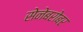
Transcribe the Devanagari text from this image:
सेनेबरोबर